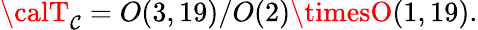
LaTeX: {\calT}_{\mathcal{C}}=O(3,19)/O(2)\timesO(1,19).